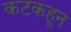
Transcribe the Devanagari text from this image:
कटकहून